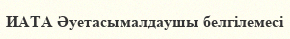
ИАТА Әуетасымалдаушы белгілемесі